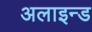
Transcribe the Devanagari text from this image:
अलाइन्ड